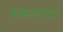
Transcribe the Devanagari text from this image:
कमलावर